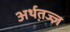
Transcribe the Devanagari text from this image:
अर्थत़ज्ज्ञ